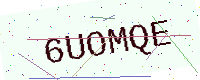
Text: 6UOMQE